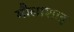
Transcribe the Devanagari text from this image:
मौलाशाह